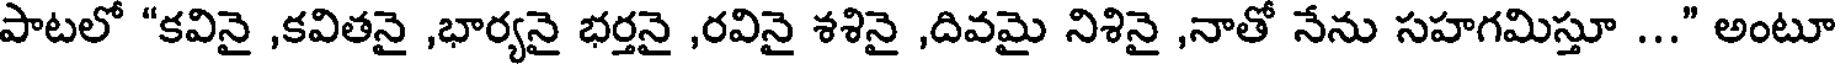
పాటలో "కవినై ,కవితనై ,భార్యనై భర్తనై ,రవినై శశినై ,దివమై నిశినై ,నాతో నేను సహగమిస్తూ ..." అంటూ